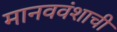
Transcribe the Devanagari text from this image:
मानववंशाची